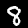
Label: 8